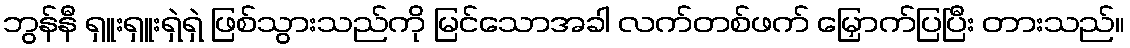
ဘွန်နီ ရှူးရှူးရှဲရှဲ ဖြစ်သွားသည်ကို မြင်သောအခါ လက်တစ်ဖက် မြှောက်ပြပြီး တားသည်။